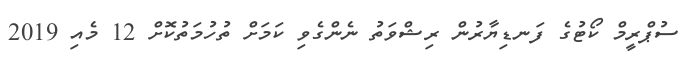
ސުޕްރީމް ކޯޓުގެ ފަނޑިޔާރުން ރިޝްވަތު ނެންގެވި ކަމަށް ތުހުމަތުކޮށް 12 މެއި 2019